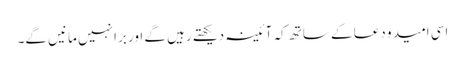
اسی امید و دعا کے ساتھ کہ آئینہ دیکھتے رہیں گے اور برا نہیں مانیں گے۔